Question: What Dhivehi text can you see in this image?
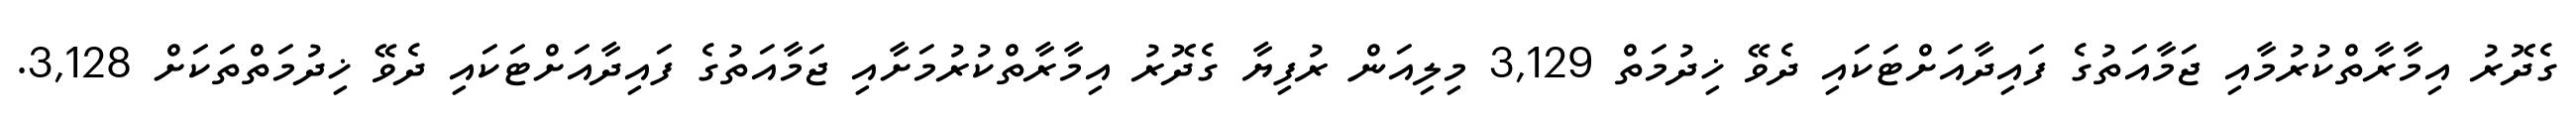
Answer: ގެދޮރު އިމާރާތްކުރުމާއި ޖަމާއަތުގެ ފައިދާއަށްޓަކައި ދެވޭ ޚިދުމަތް 3,129 މިލިއަން ރުފިޔާ ގެދޮރު އިމާރާތްކުރުމަށާއި ޖަމާއަތުގެ ފައިދާއަށްޓަކައި ދެވޭ ޚިދުމަތްތަކަށް 3,128.